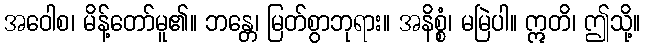
အဝေါစ၊ မိန့်တော်မူ၏။ ဘန္တေ၊ မြတ်စွာဘုရား။ အနိစ္စံ၊ မမြဲပါ။ ဣတိ၊ ဤသို့။